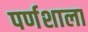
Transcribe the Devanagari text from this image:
पर्णशाला